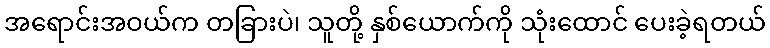
အရောင်းအဝယ်က တခြားပဲ၊ သူတို့ နှစ်ယောက်ကို သုံးထောင် ပေးခဲ့ရတယ်